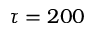
\tau = 2 0 0